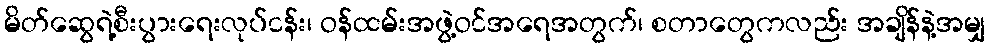
မိတ်ဆွေရဲ့စီးပွားရေးလုပ်ငန်း၊ ဝန်ထမ်းအဖွဲ့ဝင်အရေအတွက်၊ စတာတွေကလည်း အချိန်နဲ့အမျှ